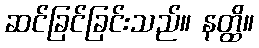
ဆင်ခြင်ခြင်းသည်။ နတ္ထိ။